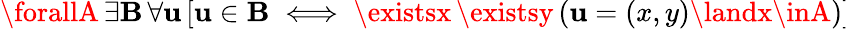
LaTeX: \forallA\, \exists\mathbf{B}\, \forall\mathbf{u}\, [\mathbf{u}\in\mathbf{B}\iff\existsx\, \existsy\, (\mathbf{u}=(x,y)\landx\inA)]\!